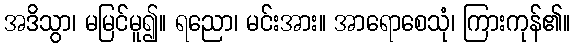
အဒိသွာ၊ မမြင်မူ၍။ ရညော၊ မင်းအား။ အာရောစေသုံ၊ ကြားကုန်၏။